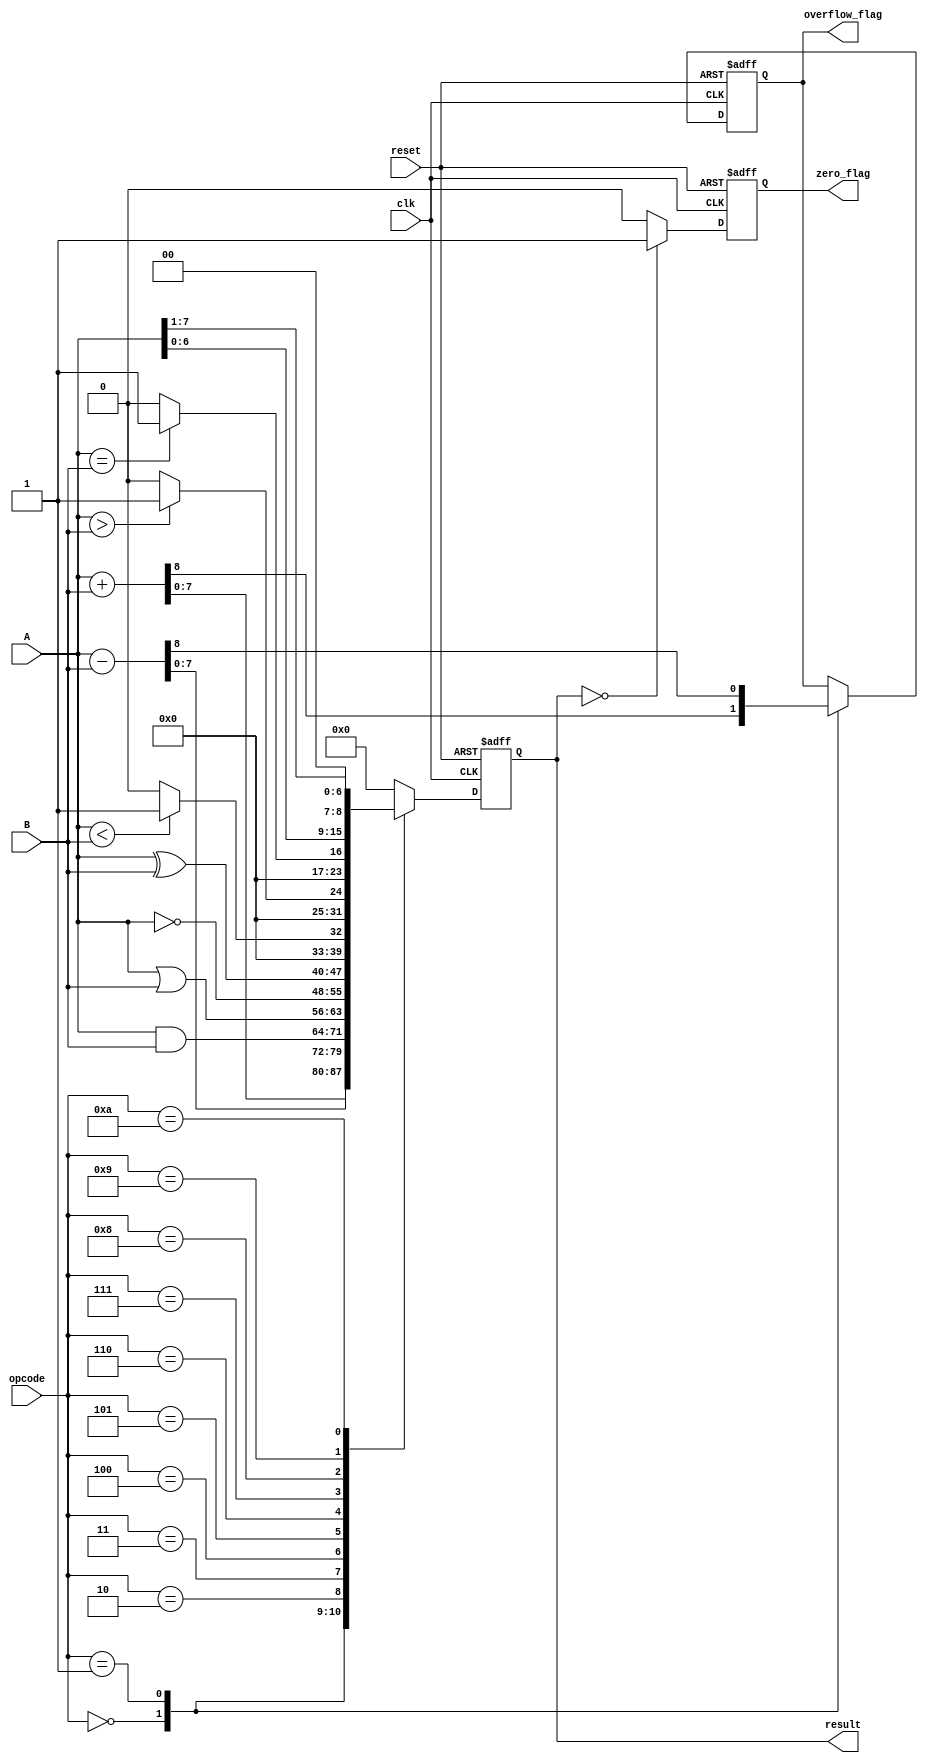
module ParameterizedALU #(
    parameter WIDTH = 8 // Parameter for operand width
) (
    input  wire [WIDTH-1:0] A,       // Input operand 1
    input  wire [WIDTH-1:0] B,       // Input operand 2
    input  wire [3:0] opcode,         // Control signal for operation
    input  wire clk,                   // Clock signal
    input  wire reset,                 // Asynchronous reset signal
    output reg [WIDTH-1:0] result,    // Output result
    output reg zero_flag,              // Zero flag
    output reg overflow_flag            // Overflow flag
);

    // Define operation codes
    localparam ADD       = 4'b0000;
    localparam SUB       = 4'b0001;
    localparam AND       = 4'b0010;
    localparam OR        = 4'b0011;
    localparam NOT       = 4'b0100;
    localparam XOR       = 4'b0101;
    localparam LT        = 4'b0110; // Less than
    localparam GT        = 4'b0111; // Greater than
    localparam EQ        = 4'b1000; // Equal to
    localparam LSHIFT    = 4'b1001; // Left shift
    localparam RSHIFT    = 4'b1010; // Right shift

    always @(posedge clk or posedge reset) begin
        if (reset) begin
            result <= 0;
            zero_flag <= 0;
            overflow_flag <= 0;
        end else begin
            case (opcode)
                ADD: begin
                    {overflow_flag, result} <= A + B; // Capture overflow
                end
                SUB: begin
                    {overflow_flag, result} <= A - B; // Capture overflow
                end
                AND: result <= A & B;
                OR:  result <= A | B;
                NOT: result <= ~A; // NOT operation on A
                XOR: result <= A ^ B;
                LT:  result <= (A < B) ? 1 : 0; // Set result to 1 if A < B
                GT:  result <= (A > B) ? 1 : 0; // Set result to 1 if A > B
                EQ:  result <= (A == B) ? 1 : 0; // Set result to 1 if A == B
                LSHIFT: result <= A << 1; // Left shift A
                RSHIFT: result <= A >> 1; // Right shift A
                default: result <= 0; // Default case
            endcase

            // Update zero flag
            zero_flag <= (result == 0) ? 1 : 0;
        end
    end

endmodule